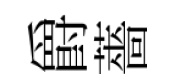
爵薔